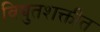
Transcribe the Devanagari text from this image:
विद्युतशक्तीत